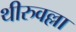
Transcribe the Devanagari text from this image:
थीरुवल्ला